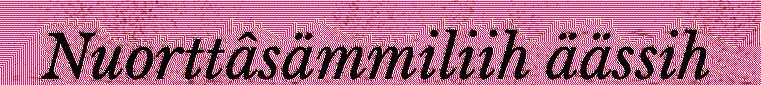
Nuorttâsämmiliih äässih